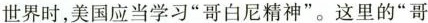
世界时，美国应当学习”哥白尼精神”。这里的”哥